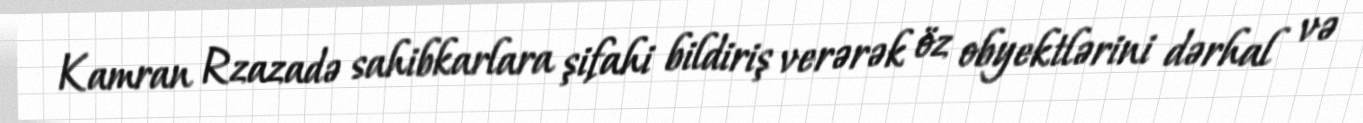
Kamran Rzazadə sahibkarlara şifahi bildiriş verərək öz obyektlərini dərhal və